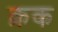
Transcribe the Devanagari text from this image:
क्रक